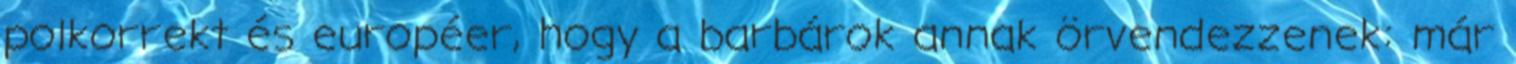
polkorrekt és européer, hogy a barbárok annak örvendezzenek: már